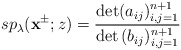
\begin{align*}sp_\lambda(\mathbf{x}^{\pm};z)=\frac{\det(a_{ij})^{n+1}_{i,j=1}}{\det{(b_{ij})^{n+1}_{i,j=1}}}\end{align*}